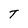
Character: T